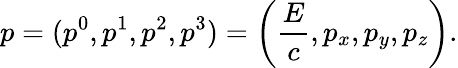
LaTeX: p=(p^{0},p^{1},p^{2},p^{3})=\left({\frac{E}{c}},p_{x},p_{y},p_{z}\right).